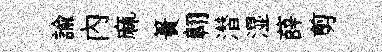
諭內麻簣翺潜湿薛剪